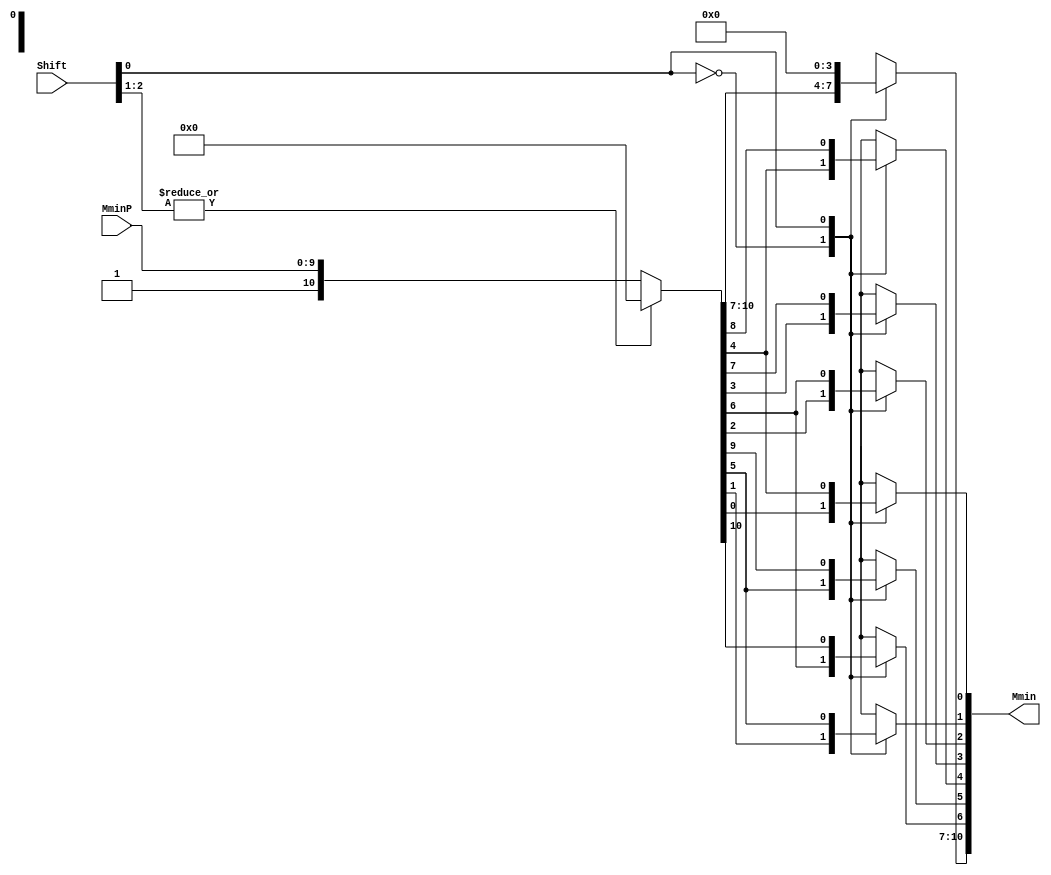
`define DEFINES_DONE
`define EXPONENT 5
`define MANTISSA 10
`define SIGN 1
`define DATAWIDTH (`SIGN+`EXPONENT+`MANTISSA)
`define IEEE_COMPLIANCE 1
`define NUM 8
`define ADDRSIZE 7
`define ADDRSIZE_FOR_TB 10
`define EXPONENT 5
`define MANTISSA 10
`define ACTUAL_MANTISSA 11
`define EXPONENT_LSB 10
`define EXPONENT_MSB 14
`define MANTISSA_LSB 0
`define MANTISSA_MSB 9
`define MANTISSA_MUL_SPLIT_LSB 3
`define MANTISSA_MUL_SPLIT_MSB 9
`define SIGN 1
`define SIGN_LOC 15
`define DWIDTH (`SIGN+`EXPONENT+`MANTISSA)
`define IEEE_COMPLIANCE 1
`define EXPONENT 5
`define MANTISSA 10
`define ACTUAL_MANTISSA 11
`define EXPONENT_LSB 10
`define EXPONENT_MSB 14
`define MANTISSA_LSB 0
`define MANTISSA_MSB 9
`define MANTISSA_MUL_SPLIT_LSB 3
`define MANTISSA_MUL_SPLIT_MSB 9
`define SIGN 1
`define SIGN_LOC 15
`define DWIDTH (`SIGN+`EXPONENT+`MANTISSA)
`define IEEE_COMPLIANCE 1
`define EXPONENT 5
`define MANTISSA 10
`define ACTUAL_MANTISSA 11
`define EXPONENT_LSB 10
`define EXPONENT_MSB 14
`define MANTISSA_LSB 0
`define MANTISSA_MSB 9
`define MANTISSA_MUL_SPLIT_LSB 3
`define MANTISSA_MUL_SPLIT_MSB 9
`define SIGN 1
`define SIGN_LOC 15
`define DWIDTH (`SIGN+`EXPONENT+`MANTISSA)
`define IEEE_COMPLIANCE 1

module FPAddSub_AlignShift1(
		//bf16,
		MminP,
		Shift,
		Mmin
	);
	
	// Input ports
	//input bf16;
	input [`MANTISSA-1:0] MminP ;						// Smaller mantissa after 16|12|8|4 shift
	input [`EXPONENT-3:0] Shift ;						// Shift amount. Last 2 bits of shifting are done in next stage. Hence, we have [`EXPONENT - 2] bits
	
	// Output ports
	output [`MANTISSA:0] Mmin ;						// The smaller mantissa
	

	wire bf16;
	assign bf16 = 1'b1; //hardcoding to 1, to avoid ODIN issue. a `ifdef here wasn't working. apparently, nested `ifdefs don't work

	// Internal signals
	reg	  [`MANTISSA:0]		Lvl1;
	reg	  [`MANTISSA:0]		Lvl2;
	wire    [2*`MANTISSA+1:0]    Stage1;	
	integer           i;                // Loop variable

	wire [`MANTISSA:0] temp_0; 

assign temp_0 = 0;

	always @(*) begin
		if (bf16 == 1'b1) begin						
//hardcoding for bfloat16
	//For bfloat16, we can shift the mantissa by a max of 7 bits since mantissa has a width of 7. 
	//Hence if either, bit[3]/bit[4]/bit[5]/bit[6]/bit[7] is 1, we can make it 0. This corresponds to bits [5:1] in our updated shift which doesn't contain last 2 bits.
		//Lvl1 <= (Shift[1]|Shift[2]|Shift[3]|Shift[4]|Shift[5]) ? {temp_0} : {1'b1, MminP};  // MANTISSA + 1 width	
		Lvl1 <= (|Shift[`EXPONENT-3:1]) ? {temp_0} : {1'b1, MminP};  // MANTISSA + 1 width	
		end
		else begin
		//for half precision fp16, 10 bits can be shifted. Hence, only shifts till 10 (01010)can be made. 
		Lvl1 <= Shift[2] ? {temp_0} : {1'b1, MminP};
		end
	end
	
	assign Stage1 = { temp_0, Lvl1}; //2*MANTISSA + 2 width

	always @(*) begin    					// Rotate {0 | 4 } bits
	if(bf16 == 1'b1) begin
	  case (Shift[0])
			// Rotate by 0	
			1'b0:  Lvl2 <= Stage1[`MANTISSA:0];       			
			// Rotate by 4	
			1'b1:  begin for (i=0; i<=`MANTISSA; i=i+1) begin Lvl2[i] <= Stage1[i+4]; end Lvl2[`MANTISSA:`MANTISSA-3] <= 0; end
	  endcase
	end
	else begin
	  case (Shift[1:0])					// Rotate {0 | 4 | 8} bits
			// Rotate by 0	
			2'b00:  Lvl2 <= Stage1[`MANTISSA:0];       			
			// Rotate by 4	
			2'b01:  begin for (i=0; i<=`MANTISSA; i=i+1) begin Lvl2[i] <= Stage1[i+4]; end Lvl2[`MANTISSA:`MANTISSA-3] <= 0; end
			// Rotate by 8
			2'b10:  begin for (i=0; i<=`MANTISSA; i=i+1) begin Lvl2[i] <= Stage1[i+8]; end Lvl2[`MANTISSA:`MANTISSA-7] <= 0; end
			// Rotate by 12	
			2'b11: Lvl2[`MANTISSA: 0] <= 0; 
			//2'b11:  begin for (i=0; i<=`MANTISSA; i=i+1) begin Lvl2[i] <= Stage1[i+12]; end Lvl2[`MANTISSA:`MANTISSA-12] <= 0; end
	  endcase
	end
	end

	// Assign output to next shift stage
	assign Mmin = Lvl2;
	
endmodule